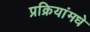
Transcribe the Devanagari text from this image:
प्रक्रियांमधे